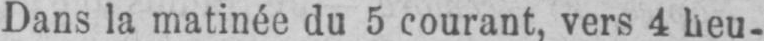
Dans la matinée du 5 courant, vers 4 heu-